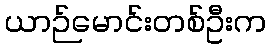
ယာဉ်မောင်းတစ်ဦးက